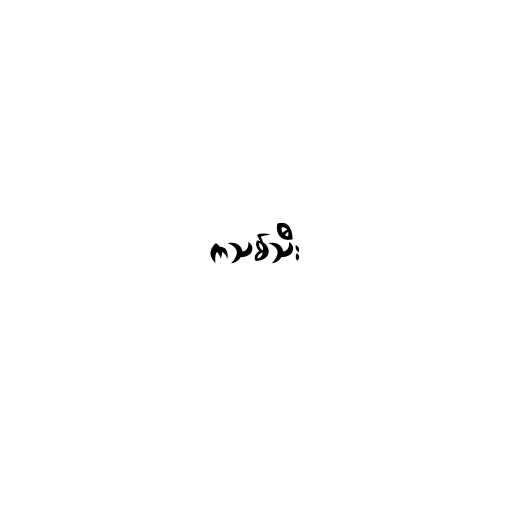
ကသစ်သီး